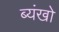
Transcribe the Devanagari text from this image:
ब्यंखो